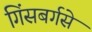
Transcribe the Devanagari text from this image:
गिंसबर्गसे